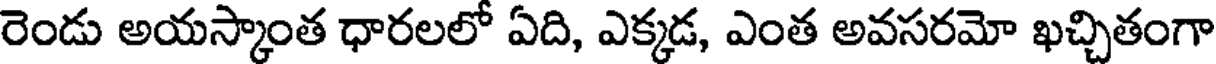
రెండు అయస్కాంత ధారలలో ఏది, ఎక్కడ, ఎంత అవసరమో ఖచ్చితంగా